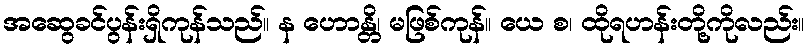
အဆွေခင်ပွန်းရှိကုန်သည်။ န ဟောန္တိ၊ မဖြစ်ကုန်။ ယေ စ၊ ထိုရဟန်းတို့ကိုလည်း။